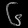
Digit: ၆